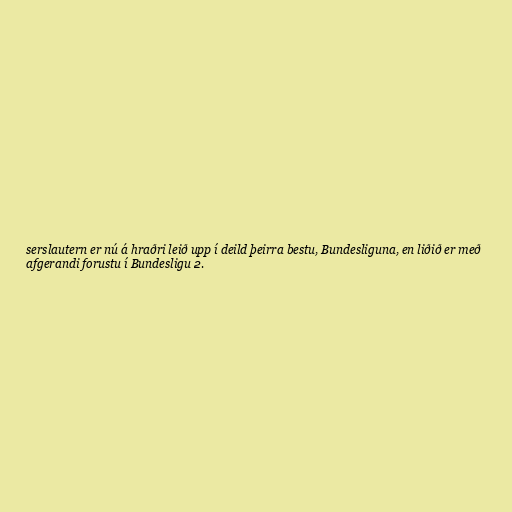
serslautern er nú á hraðri leið upp í deild þeirra bestu, Bundesliguna, en liðið er með
afgerandi forustu í Bundesligu 2.